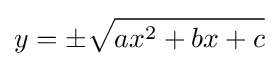
y=\pm {\sqrt {ax^{2}+bx+c}}